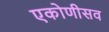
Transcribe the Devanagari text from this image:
एकोणीसव